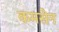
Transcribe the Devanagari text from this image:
कमसेन